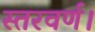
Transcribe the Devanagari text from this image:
स्तरवर्ण।